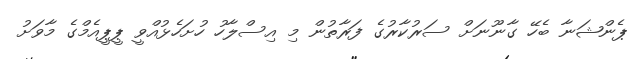
ޕެންޝަނާ ބެހޭ ގާނޫނަށް ސަރުކާރުގެ ފަރާތުން މި އިސްލާހު ހުށަހެޅުއްވީ ޕީޕީއެމްގެ މާވަށު